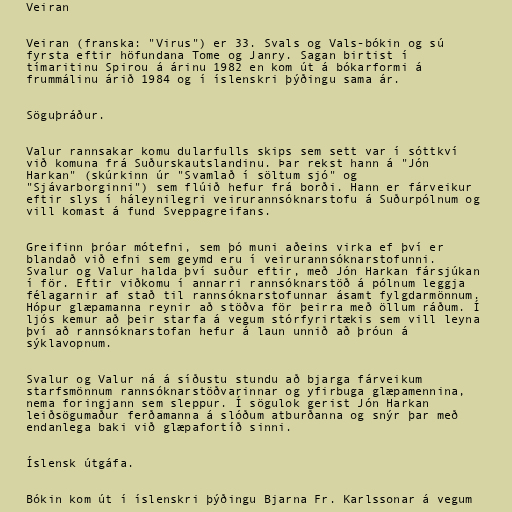
Veiran

Veiran (franska: "Virus") er 33. Svals og Vals-bókin og sú
fyrsta eftir höfundana Tome og Janry. Sagan birtist í
tímaritinu Spirou á árinu 1982 en kom út á bókarformi á
frummálinu árið 1984 og í íslenskri þýðingu sama ár.

Söguþráður.

Valur rannsakar komu dularfulls skips sem sett var í sóttkví
við komuna frá Suðurskautslandinu. Þar rekst hann á "Jón
Harkan" (skúrkinn úr "Svamlað í söltum sjó" og
"Sjávarborginni") sem flúið hefur frá borði. Hann er fárveikur
eftir slys í háleynilegri veirurannsóknarstofu á Suðurpólnum og
vill komast á fund Sveppagreifans.

Greifinn þróar mótefni, sem þó muni aðeins virka ef því er
blandað við efni sem geymd eru í veirurannsóknarstofunni.
Svalur og Valur halda því suður eftir, með Jón Harkan fársjúkan
í för. Eftir viðkomu í annarri rannsóknarstöð á pólnum leggja
félagarnir af stað til rannsóknarstofunnar ásamt fylgdarmönnum.
Hópur glæpamanna reynir að stöðva för þeirra með öllum ráðum. Í
ljós kemur að þeir starfa á vegum stórfyrirtækis sem vill leyna
því að rannsóknarstofan hefur á laun unnið að þróun á
sýklavopnum.

Svalur og Valur ná á síðustu stundu að bjarga fárveikum
starfsmönnum rannsóknarstöðvarinnar og yfirbuga glæpamennina,
nema foringjann sem sleppur. Í sögulok gerist Jón Harkan
leiðsögumaður ferðamanna á slóðum atburðanna og snýr þar með
endanlega baki við glæpafortíð sinni.

Íslensk útgáfa.

Bókin kom út í íslenskri þýðingu Bjarna Fr. Karlssonar á vegum